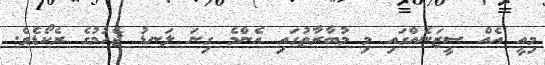
މިއީ އެއް ސީޒަނެއްގައި މި މުބާރާތުގައި އެންމެ ގިނަ ލަނޑު ޖެހުމުގެ ރެކޯޑެވެ.